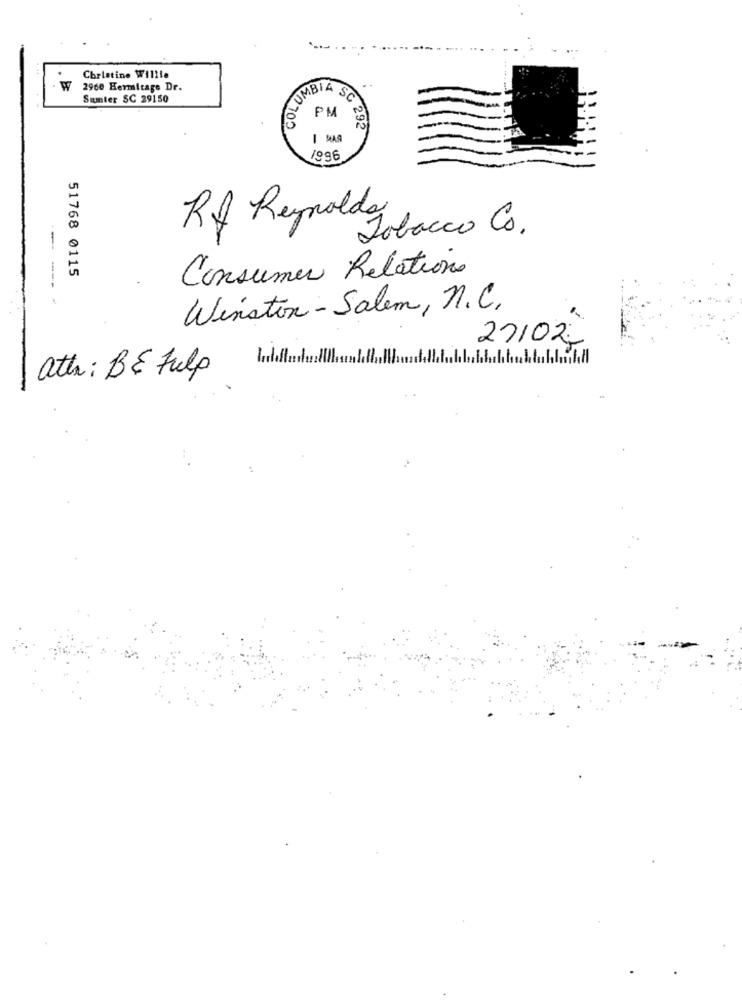
Christine Willie
W
2960 Hermitage Dr.
Siunter SC 29150
CUMBIA SC
PM
C 292
1996
Rf Reynolds
Tobacco Co.
51768 0115
Consumer Relations
-- -- -
Winston-Salem, n.C.
27/02
att: BE Fulp